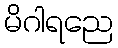
မိဂါရညေ